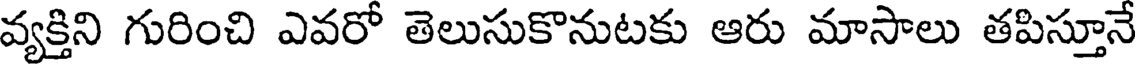
వ్యక్తిని గురించి ఎవరో తెలుసుకొనుటకు ఆరు మాసాలు తపిస్తూనే